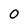
Character: 0